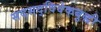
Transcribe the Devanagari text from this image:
सदसद्‌विवेकबुद्धी